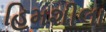
હિમશીલા